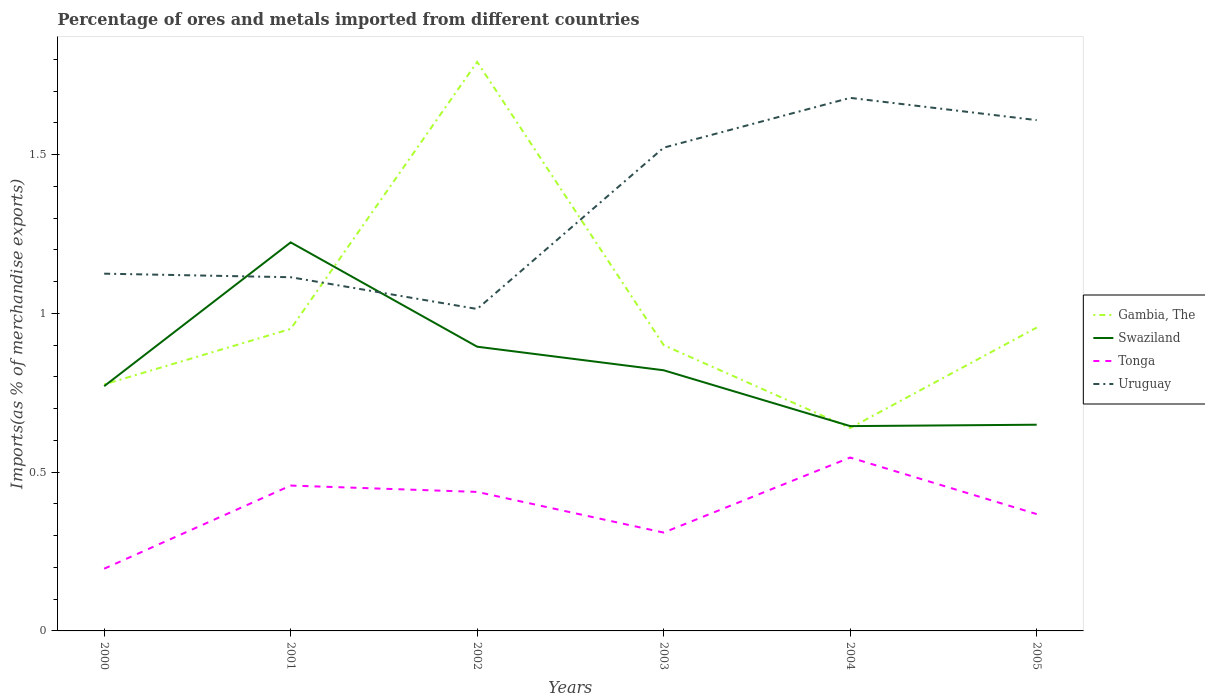
| Years | Gambia, The | Swaziland | Tonga | Uruguay |
 | --- | --- | --- | --- | --- |
 | 2000 | 0.776 | 0.771 | 0.196 | 1.13 |
 | 2001 | 0.951 | 1.22 | 0.458 | 1.11 |
 | 2002 | 1.79 | 0.895 | 0.438 | 1.01 |
 | 2003 | 0.9 | 0.821 | 0.31 | 1.52 |
 | 2004 | 0.639 | 0.645 | 0.546 | 1.68 |
 | 2005 | 0.955 | 0.649 | 0.368 | 1.61 |